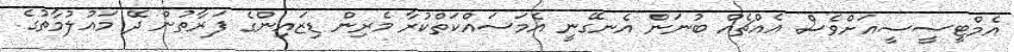
އެމްޓީސީސީއަށްވެސް އެއްޗެއް ބުނަން އެނގޭނީ އެމަސައްކަތްކުރާ މެރިން ޑިޒައިންގެ ފަރާތުން ދޭ މައުލުުމާތުގެ